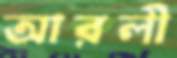
আরলী